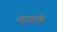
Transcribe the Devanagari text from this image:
ग्लाइकॉनिक